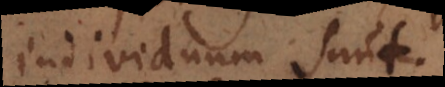
individuum sunt.